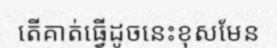
តើគាត់ធ្វើដូចនេះខុសមែន